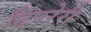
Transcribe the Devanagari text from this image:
टिपरेरी